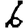
Digit: 6